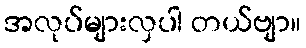
အလုပ်များလှပါ တယ်ဗျာ။